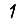
Digit: 1